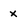
Character: x